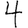
Digit: 4